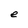
Character: e